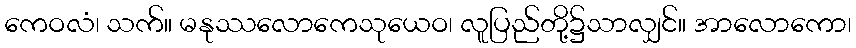
ကေဝလံ၊ သက်။ မနုဿလောကေသုယေဝ၊ လူပြည်တို့၌သာလျှင်။ အာလောကော၊